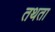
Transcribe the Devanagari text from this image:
तथता